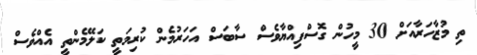
ތި މުޒާހަރާއަށް 30 މީހުން ގޮސްފިއްޔާވެސް ސާބަސް އަހަރުމެން ކުރިމަތީ ކަލޭމެންތީ އެއްވެސް